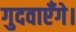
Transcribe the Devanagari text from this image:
गुदवाएँगे।